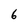
Character: 6